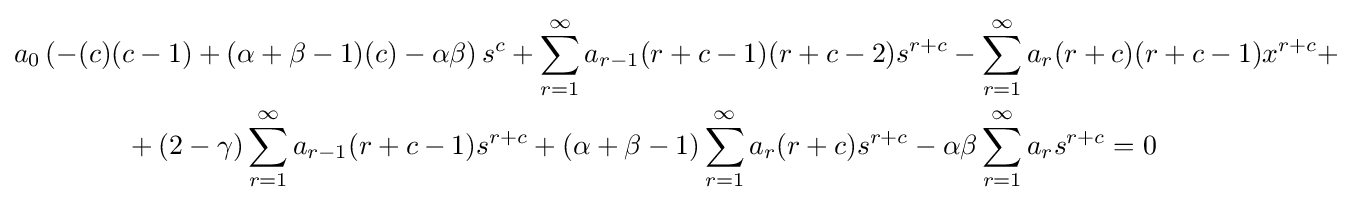
{\begin{aligned}&a_{0}\left(-(c)(c-1)+(\alpha +\beta -1)(c)-\alpha \beta \right)s^{c}+\sum _{r=1}^{\infty }{a_{r-1}(r+c-1)(r+c-2)s^{r+c}}-\sum _{r=1}^{\infty }{a_{r}(r+c)(r+c-1)x^{r+c}}+\\&\qquad \qquad +(2-\gamma )\sum _{r=1}^{\infty }{a_{r-1}(r+c-1)s^{r+c}}+(\alpha +\beta -1)\sum _{r=1}^{\infty }{a_{r}(r+c)s^{r+c}}-\alpha \beta \sum _{r=1}^{\infty }{a_{r}s^{r+c}}=0\end{aligned}}